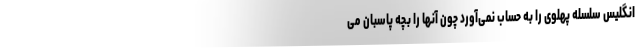
انگلیس سلسله پهلوی را به حساب نمی‌آورد چون آنها را بچه پاسبان می‌